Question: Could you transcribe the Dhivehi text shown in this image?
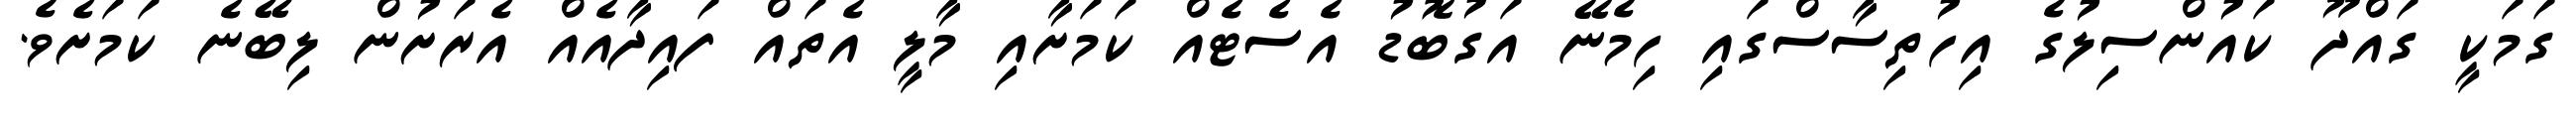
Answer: ގަމަކީ ގައްދޫ ކައުންސިލުގެ އިހުތިސާސްގައި ހިމެނޭ އަގުބޮޑު އެސެޓެއް ކަމަށާއި މާލީ އެތައް ފައިދާއެއް އެރަށުން ލިބޭނެ ކަމަށެވެ.